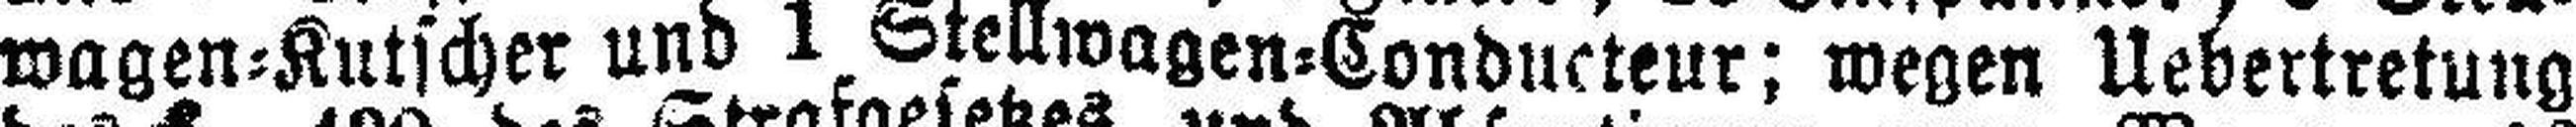
wagen=Kutscher und 1 Stellwagen=Conducteur; wegen Uebertretung